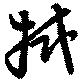
拭